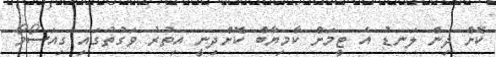
ކޮށް ދިން ލަނޑު އެ ޓީމަށް ކާމިޔާބް ކޮށްދިނީ އިތުރު ވަގުތުގައި ގިއަސޯމޯ